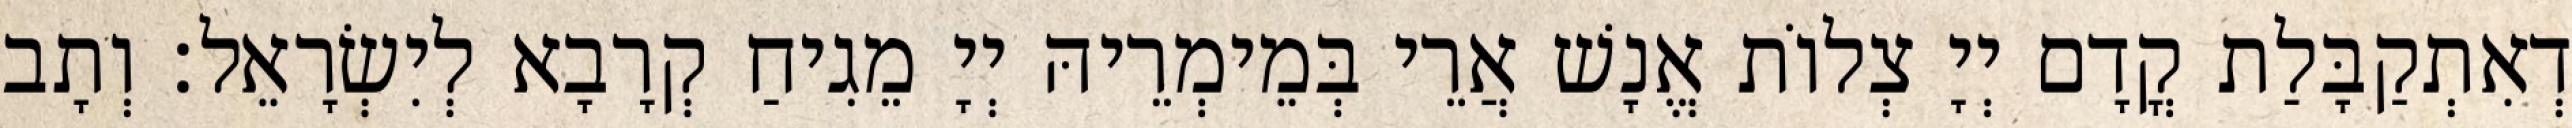
דְאִתְקַבָּלַת קֳדָם יְיָ צְלוֹת אֱנָשׁ אֲרֵי בְּמֵימְרֵיהּ יְיָ מֵגִיחַ קְרָבָא לְיִשְׂרָאֵל׃ וְתָב